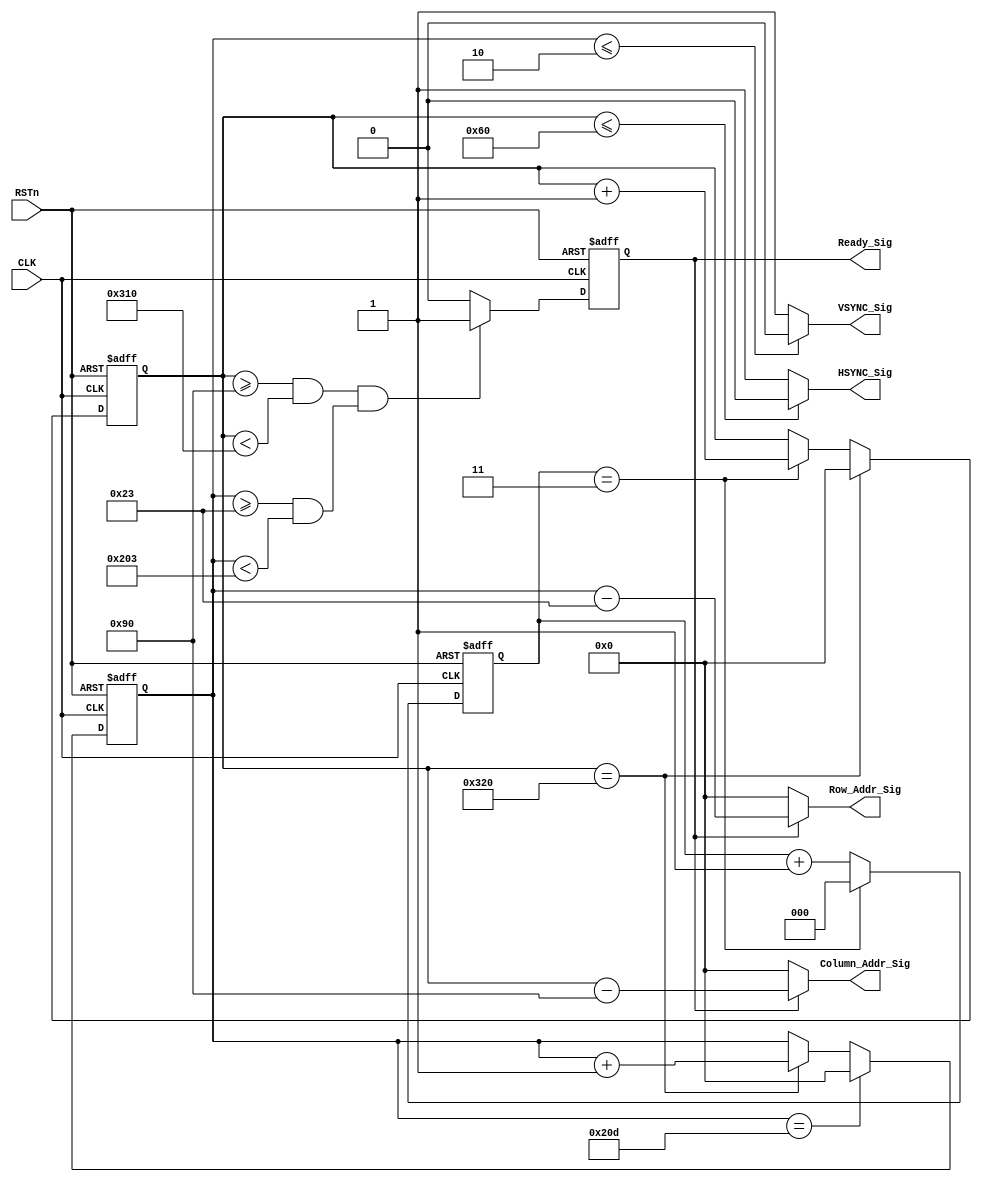
module sync_module
(
    CLK, RSTn,
	 VSYNC_Sig, HSYNC_Sig, Ready_Sig,
	 Column_Addr_Sig, Row_Addr_Sig
);

    input CLK;
	 input RSTn;
	 output VSYNC_Sig;
	 output HSYNC_Sig;
	 output Ready_Sig;
	 output [10:0]Column_Addr_Sig;
	 output [10:0]Row_Addr_Sig;
	 
	 /********************************/
	 
	 parameter T40NS = 3'd3;
	 
	 /********************************/
	 
	 reg [2:0]Count1;
	 
	 always @ ( posedge CLK or negedge RSTn )
	     if( !RSTn )
		      Count1 <= 3'd0;
		  else if( Count1 == T40NS )
		      Count1 <= 3'd0;
		  else 
		      Count1 <= Count1 + 1'b1;
		  
	 /********************************/
	 
	 reg [10:0]Count_H;

	 always @ ( posedge CLK or negedge RSTn )
	     if( !RSTn )
				 Count_H <= 11'd0;
			else if( Count_H == 11'd800 )
			    Count_H <= 11'd0;
			else if( Count1 == T40NS )
			    Count_H <= Count_H + 1'b1;
    
	 /********************************/
	 
	 reg [10:0]Count_V;
		 
	 always @ ( posedge CLK or negedge RSTn )
	     if( !RSTn )
		      Count_V <= 11'd0;
		  else if( Count_V == 11'd525 )
		      Count_V <= 11'd0;
		  else if( Count_H == 11'd800 )
		      Count_V <= Count_V + 1'b1;
	
	 /********************************/
	 
	 reg isReady;
	 
	 always @ ( posedge CLK or negedge RSTn )
	     if( !RSTn )
		      isReady <= 1'b0;
        else if( ( Count_H >= 11'd144 && Count_H < 11'd784 ) && 
			        ( Count_V >= 11'd35 && Count_V < 11'd515 ) )
		      isReady <= 1'b1;
		  else
		      isReady <= 1'b0;
		    
	 /*********************************/
	 
	 assign VSYNC_Sig = ( Count_V <= 11'd2 ) ? 1'b0 : 1'b1;
	 assign HSYNC_Sig = ( Count_H <= 11'd96 ) ? 1'b0 : 1'b1;
	 assign Ready_Sig = isReady; 
	                       
	 
	 /********************************/
	 
	 assign Column_Addr_Sig = isReady ? Count_H - 11'd144 : 11'd0;    // Count from 0;
	 assign Row_Addr_Sig = isReady ? Count_V - 11'd35 : 11'd0; // Count from 0;
	
	 /********************************/
	 
endmodule